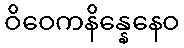
ဝိဝေကနိန္နေနေဝ